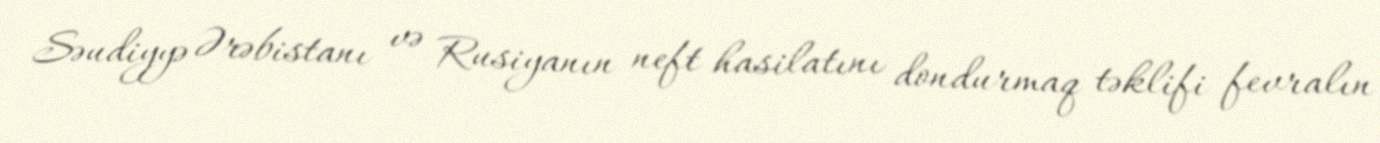
Səudiyyə Ərəbistanı və Rusiyanın neft hasilatını dondurmaq təklifi fevralın